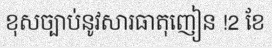
ខុសច្បាប់នូវសារធាតុញៀន !2 ខែ